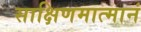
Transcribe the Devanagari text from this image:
साक्षिणमात्मानं